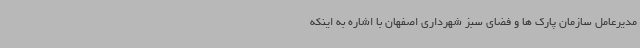
مدیرعامل سازمان پارک ها و فضای سبز شهرداری اصفهان با اشاره به اینکه